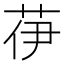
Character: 𦭽